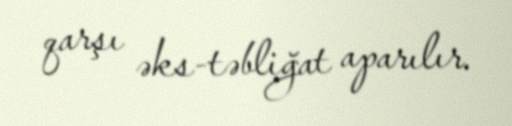
qarşı əks-təbliğat aparılır.